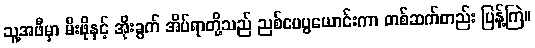
သူ့အဖီမှာ မီးဖိုနှင့် အိုးခွက် အိပ်ရာတို့သည် ညစ်ပေပွယောင်းကာ တစ်ဆက်တည်း ပြန့်ကြဲ။